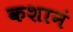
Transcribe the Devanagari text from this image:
कशानं